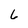
Character: 6